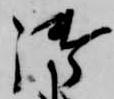
御